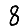
Digit: 8